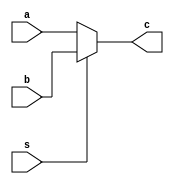
`timescale 1ns / 1ps

module mux (
    input [31:0] a,b,
    input s,
    output  [31:0] c
);
    assign c = (s == 0) ? a:b;
endmodule